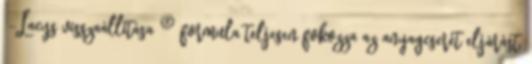
α-Lacys visszaállítása ® formula teljesen fokozza az anyagcserét eljárást,